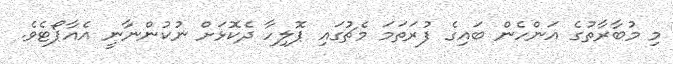
މި މުބާރާތުގެ އަންހެން ބައިގެ ފުރަތަމަ މެޗުގައި ޕޮލިހާ ދެކޮޅަށް ނުކުންނާނީ އެއާޕޯޓެވެ.